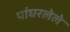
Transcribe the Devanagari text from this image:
पांघरलेले